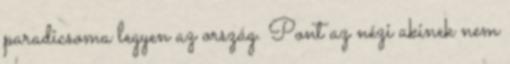
paradicsoma legyen az ország. Pont az nézi akinek nem